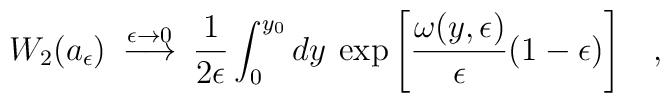
W_2(a_{\epsilon})\>\stackrel{\epsilon \rightarrow 0}{\longrightarrow}\> {1 \over 2 \epsilon}\int_0^{y_0} dy \> \exp \left[{\omega(y,\epsilon) \over \epsilon} (1-\epsilon)\right ]\;\;\;,